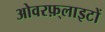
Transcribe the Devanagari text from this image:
ओवरफ़्लाइटों